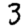
Digit: 3